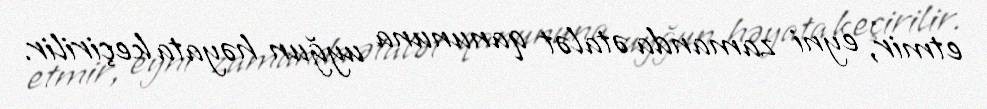
etmir, eyni zamanda ətalət qanununa uyğun həyata keçirilir.